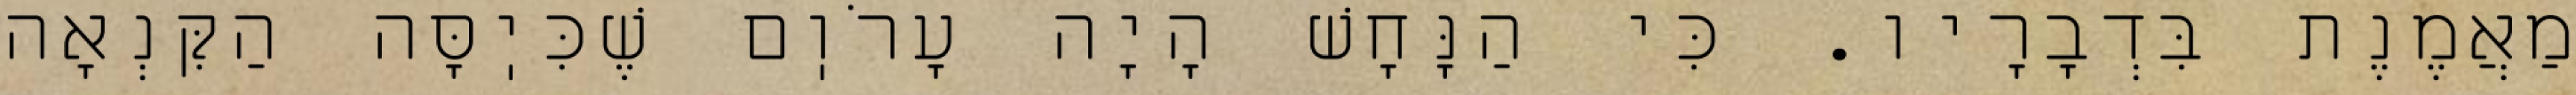
מַאֲמֶנֶת בִּדְבָרָיו. כִּי הַנָּחָשׁ הָיָה עָרֹוֽם שֶׁכִּיֽסָּה הַקִּנְאָה